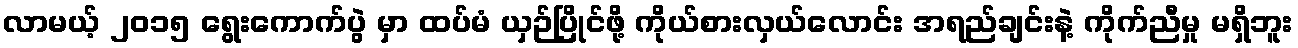
လာမယ့် ၂၀၁၅ ရွေးကောက်ပွဲ မှာ ထပ်မံ ယှဉ်ပြိုင်ဖို့ ကိုယ်စားလှယ်လောင်း အရည်ချင်းနဲ့ ကိုက်ညီမှု မရှိဘူး